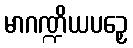
မာဂဏ္ဍိယပဉှေ